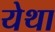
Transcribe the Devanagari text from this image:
येथा